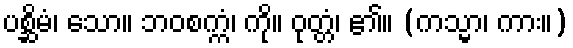
ပစ္ဆိမံ၊ သော။ ဘဝစက္ကံ၊ ကို။ ဝုတ္တံ၊ ၏။ (ကသ္မာ၊ ကား။)